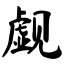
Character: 觑